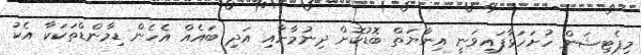
މިޕެޓިޝަން ހުށަހަޅާފައިވަނީ އިނާޔަތް ބޮޑުކޮށް ދިނުމާށާއި އަދި ބައެއް އެހެން ޑިމާންޑްތަކަކާ އެކު